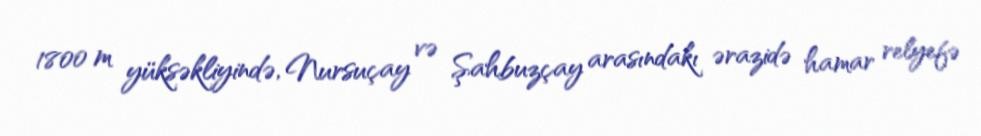
1800 m yüksəkliyində, Nursuçay və Şahbuzçay arasındakı ərazidə hamar relyefə